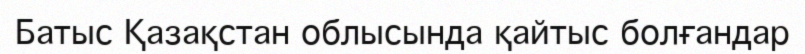
Батыс Қазақстан облысында қайтыс болғандар